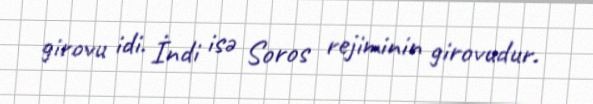
girovu idi. İndi isə Soros rejiminin girovudur.